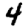
Digit: 4